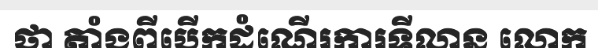
ថា តាំងពីបើកដំណើរការទីលាន លោក